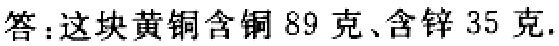
答：这块黄铜含铜 89 克、含锌 35 克.